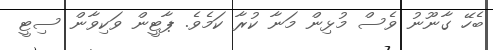
ބެހޭ ގާނޫނު ވެސް މުޅިން މަނާ ކުރާ ކަމެވެ. ޕާޓީން ވަކިވާން ސިޓީ